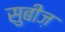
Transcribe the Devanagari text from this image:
सुबीज़